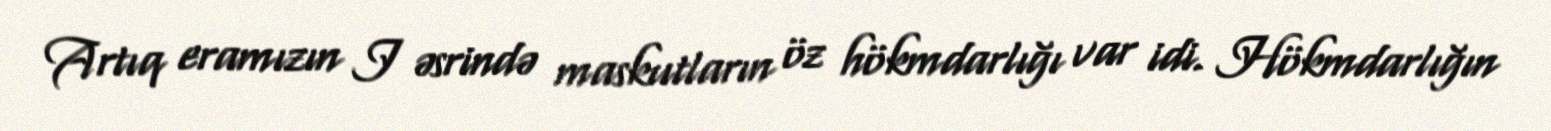
Artıq eramızın I əsrində maskutların öz hökmdarlığı var idi. Hökmdarlığın